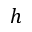
h